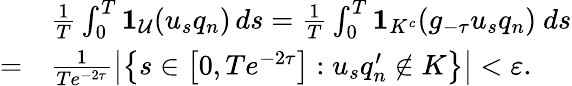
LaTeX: \begin{array}{rl}&{\frac{1}{T}\int_{0}^{T}\mathbf{1}_{\mathcal{U}}(u_{s}q_{n})\, ds=\frac{1}{T}\int_{0}^{T}\mathbf{1}_{K^{c}}(g_{-\tau}u_{s}q_{n})\ ds}\\ {=}&{\frac{1}{Te^{-2\tau}}\left|\left\{ s\in\left[0,Te^{-2\tau}\right]:u_{s}q_{n}^{\prime}\notin K\right\} \right|<\varepsilon.}\end{array}